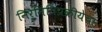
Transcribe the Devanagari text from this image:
निर्मितिप्रक्रीयेचा